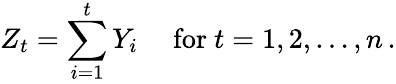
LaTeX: Z_{t}=\sum_{i=1}^{t}Y_{i}\quad{\mathrm{~for~}}t=1,2,\dots,n\, .